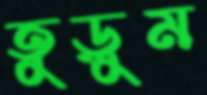
তুড়ুম